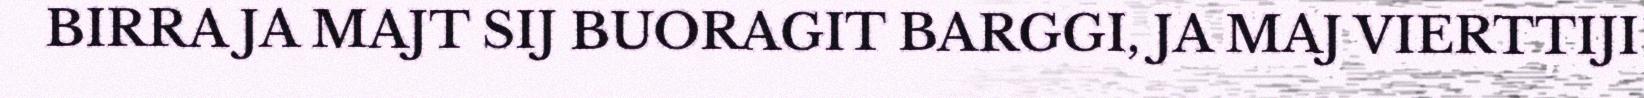
BIRRA JA MAJT SIJ BUORAGIT BARGGI, JA MAJ VIERTTIJI